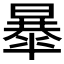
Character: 𣊴